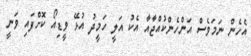
އެހެން ނަމަވެސް އަންހެންކުއްޖާއާ އެކު އަލީ ހަމީދު އުޅޭ ވީޑިއޯ ކޮށްފައި ވަނީ